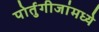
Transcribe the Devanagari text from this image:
पोर्तुगीजांमध्ये